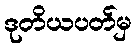
ဒုတိယပတ်မှ